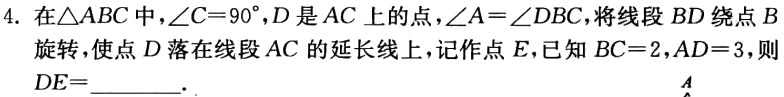
4. 在$\triangle ABC$中，$\angle C = 90^{\circ}$，$D$是$AC$上的点，$\angle A=\angle DBC$，将线段$BD$绕点$B$旋转，使点$D$落在线段$AC$的延长线上，记作点$E$，已知$BC = 2$，$AD = 3$，则$DE=$________．